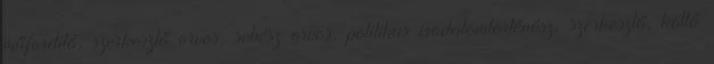
műfordító, szerkesztő orvos, sebész orvos, politikus irodalomtörténész, szerkesztő, költő